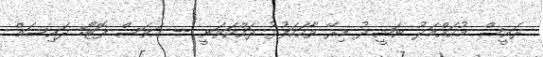
ރައީސް މުހައްމަދު ނަޝީދު މިރޭ ވާހަކަފުޅު ދައްކަވަނީ -- އަވަސް ފޮޓޯ: ދައިސަމް